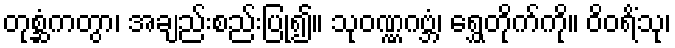
တုစ္ဆံကတွာ၊ အချည်းစည်းပြု၍။ သုဝဏ္ဏဂဗ္ဘံ၊ ရွှေတိုက်ကို။ ဝိဝရိံသု၊